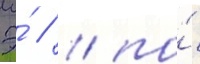
Э́ // / по́